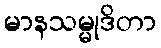
မာနသမ္မုဒိတာ